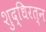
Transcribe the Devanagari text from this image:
शुद्धिरत्न